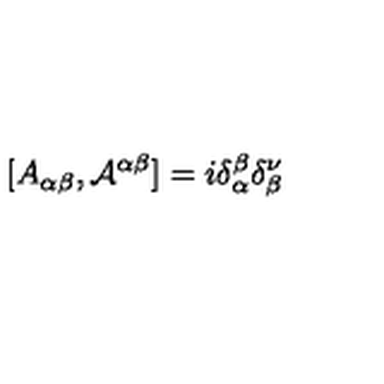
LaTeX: [ A _ { \alpha \beta } , { \cal { A } } ^ { \alpha \beta } ] = i \delta _ { \alpha } ^ { \beta } \delta _ { \beta } ^ { \nu }